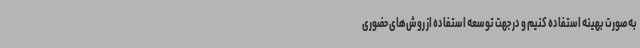
به‌صورت بهینه استفاده کنیم و در جهت توسعه استفاده از روش‌های حضوری